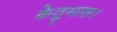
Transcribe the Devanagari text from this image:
केतुमाल।